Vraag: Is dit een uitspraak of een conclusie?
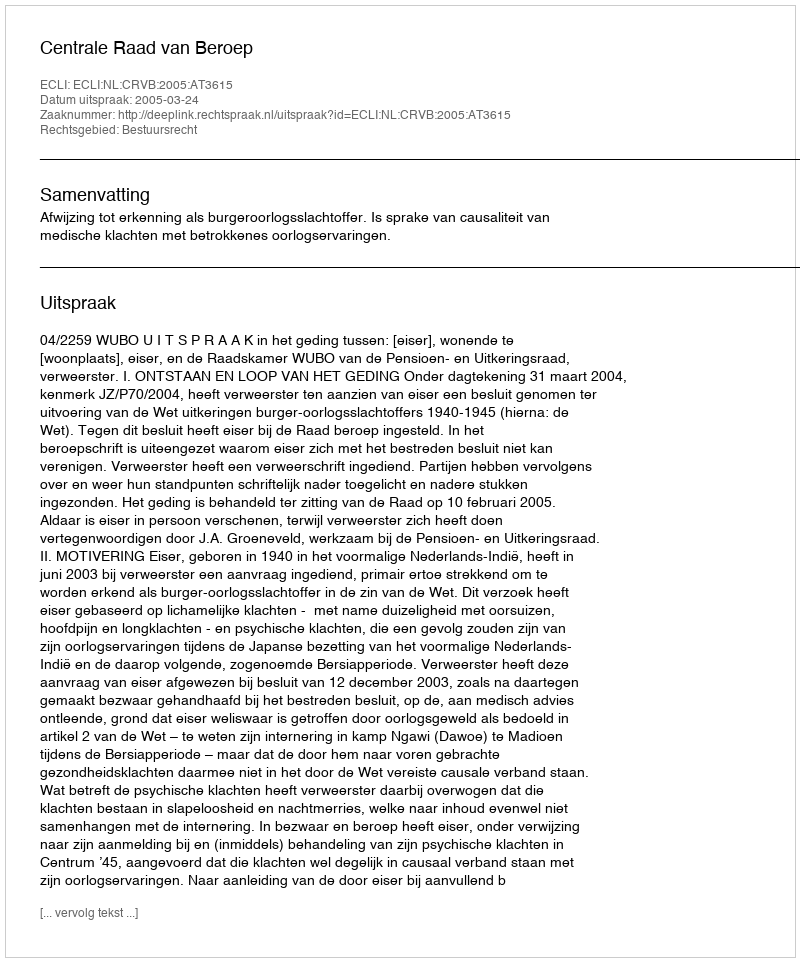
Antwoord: Uitspraak